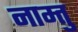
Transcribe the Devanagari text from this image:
नाम्तु